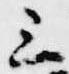
三